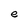
Character: e